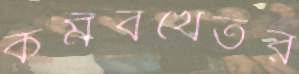
কমবখেতর